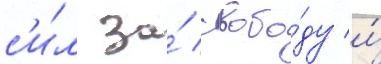
с'и́л за́ свобо́ду и́